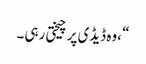
“ ،وہ ڈیڈی پر چیختی رہی ۔